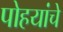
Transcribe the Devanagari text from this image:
पोहयांचे